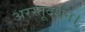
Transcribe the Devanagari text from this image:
अरस्तूदर्शन।